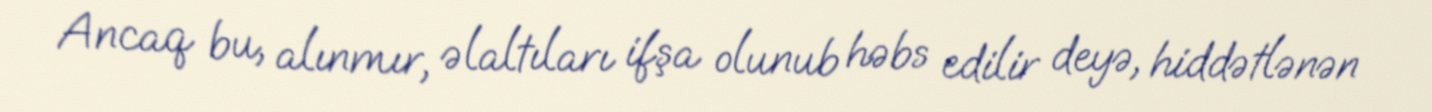
Ancaq bu, alınmır, əlaltıları ifşa olunub həbs edilir deyə, hiddətlənən